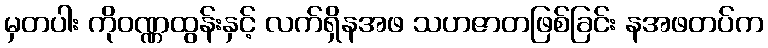
မှတပါး ကိုဝဏ္ဏထွန်းနှင့် လက်ရှိနအဖ သဟဇာတဖြစ်ခြင်း နအဖတပ်က